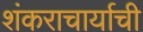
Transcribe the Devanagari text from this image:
शंकराचार्याची